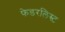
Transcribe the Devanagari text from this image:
फेडरलिस्ट